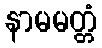
နာမမတ္တံ